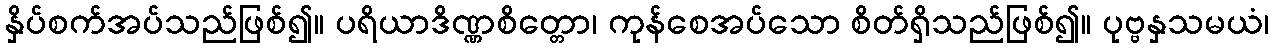
နှိပ်စက်အပ်သည်ဖြစ်၍။ ပရိယာဒိဏ္ဏစိတ္တော၊ ကုန်စေအပ်သော စိတ်ရှိသည်ဖြစ်၍။ ပုဗ္ဗနှသမယံ၊